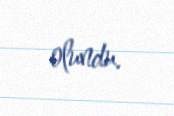
olundu.